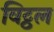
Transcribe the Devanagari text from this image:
विट्ठल